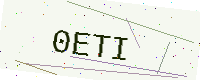
Text: 0ETI